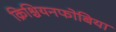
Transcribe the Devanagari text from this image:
क्रिश्चियनफोबिया